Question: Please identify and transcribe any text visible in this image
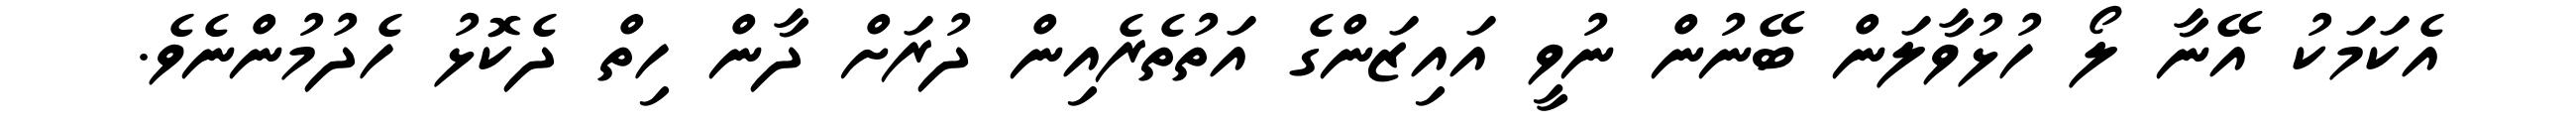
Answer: އެކަމަކު އޭނާ ލޯ ހުޅުވާލަން ބޭނުން ނުވީ އައިޒަންގެ އަތުތެރެއިން ދުރަށް ދާން ހިތް ދެކޮޅު ހެދުމުންނެވެ.